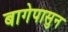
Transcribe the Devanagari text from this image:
बागेपासुन